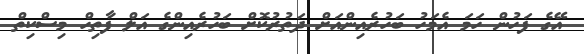
އޭގެ ފަހުން ހަމަ އެމަހު ބަހުރެއިންއަށް ދަތުރުކޮށް ބަހުރެއިންގެ އަލް ފާތިހް މިސްކިތް